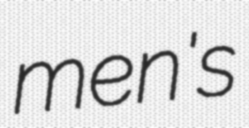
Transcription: men's